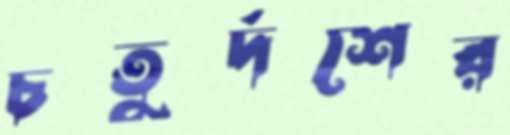
চতুর্দশের